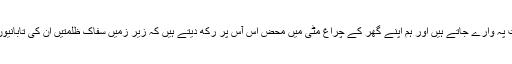
چاند چہرے شب فرقت پہ وارے جاتے ہیں اور ہم اپنے گھر کے چراغ مٹی میں محض اس آس پر رکھ دیتے ہیں کہ زیر زمیں سفاک ظلمتیں ان کی تابانیوں سے کافور ہو جائیں۔